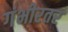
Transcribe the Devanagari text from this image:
गंभीरतर